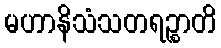
မဟာနိသံသတရဉ္စာတိ